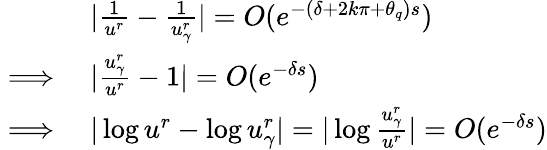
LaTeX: \begin{array}{rl}&{|\frac{1}{u^{r}}-\frac{1}{u_{\gamma}^{r}}|=O(e^{-(\delta+2k\pi+\theta_{q})s})}\\ {\implies}&{|\frac{u_{\gamma}^{r}}{u^{r}}-1|=O(e^{-\delta s})}\\ {\implies}&{|\log u^{r}-\log u_{\gamma}^{r}|=|\log\frac{u_{\gamma}^{r}}{u^{r}}|=O(e^{-\delta s})}\end{array}